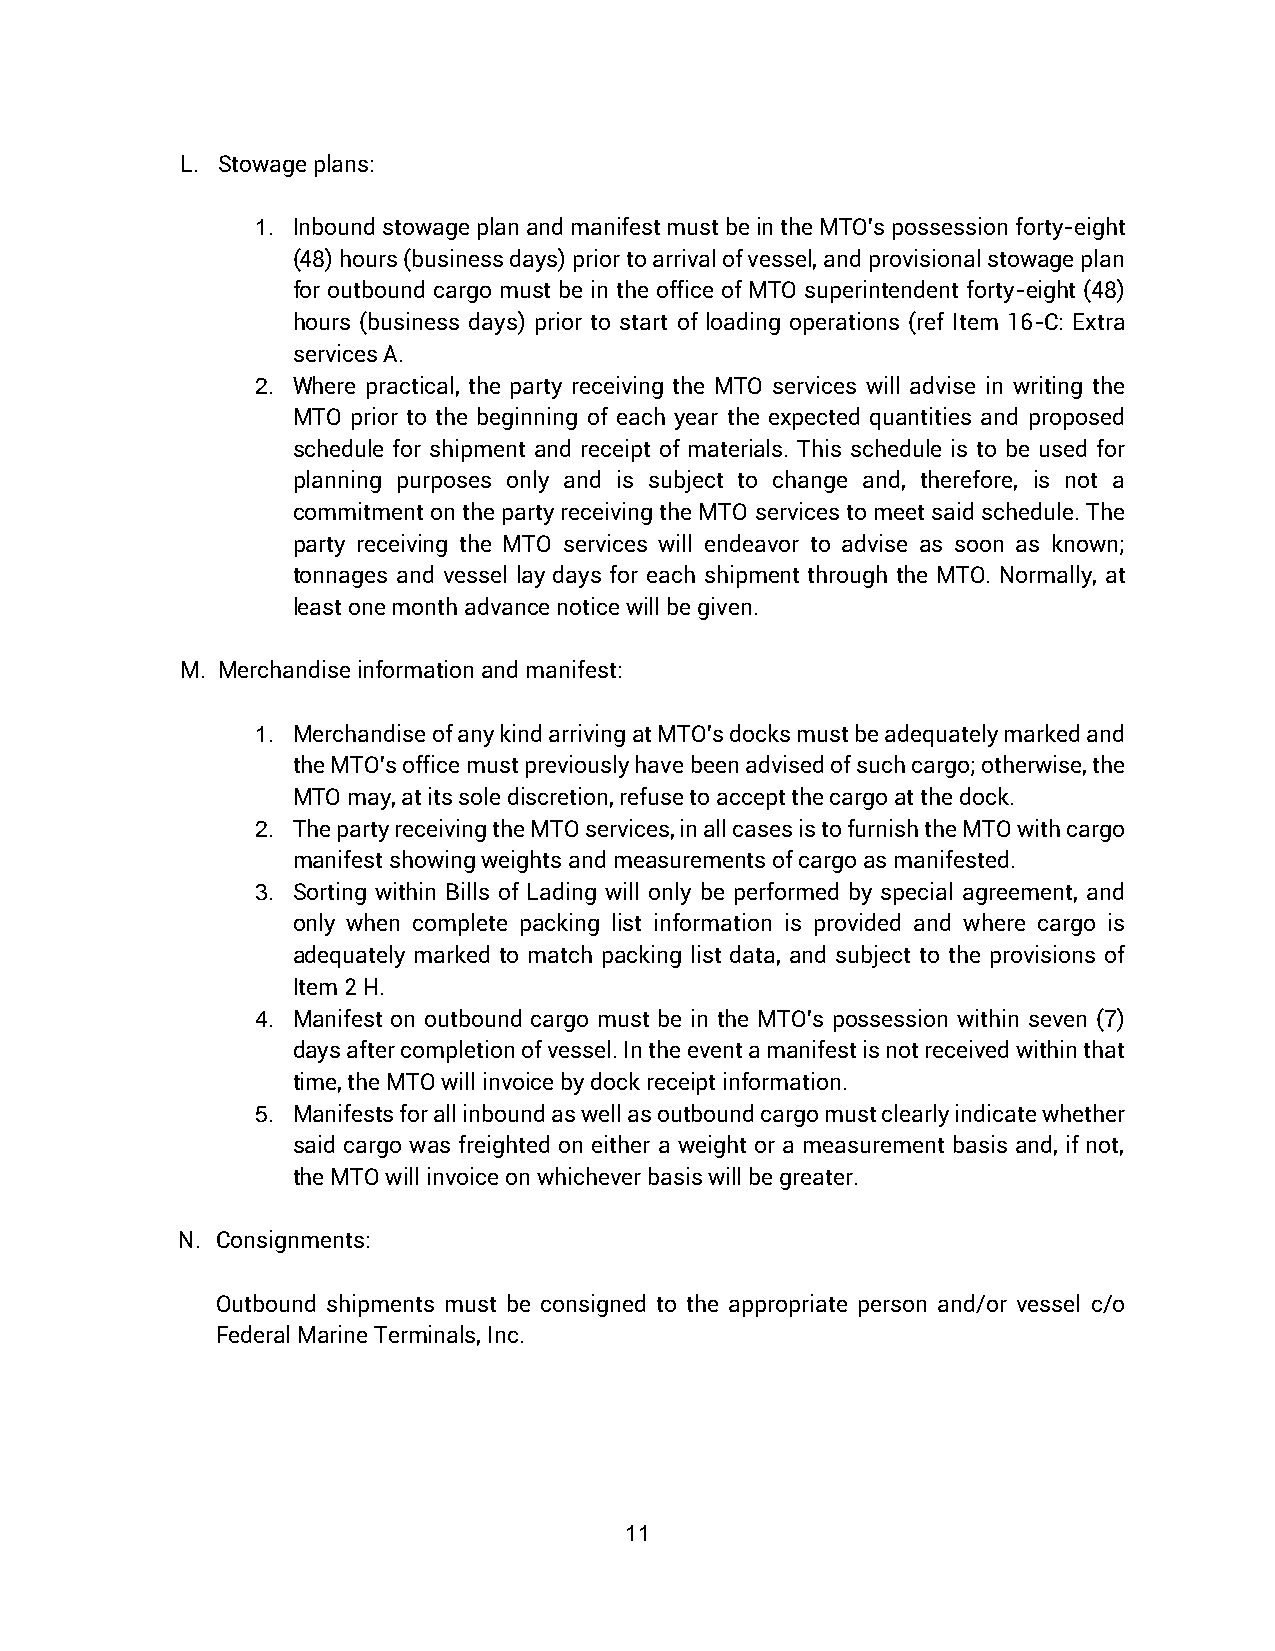
L. Stowage plans:
 1. Inbound stowage plan and manifest must be in the MTO's possession forty-eight
 (48) hours (business days) prior to arrival of vessel, and provisional stowage plan
 for outbound cargo must be in the office of MTO superintendent forty-eight (48)
 hours (business days) prior to start of loading operations (ref Item 16-C: Extra
 services A.
 2. Where practical, the party receiving the MTO services will advise in writing the
 MTO prior to the beginning of each year the expected quantities and proposed
 schedule for shipment and receipt of materials. This schedule is to be used for
 planning purposes only and is subject to change and, therefore, is not a
 commitment on the party receiving the MTO services to meet said schedule. The
 party receiving the MTO services will endeavor to advise as soon as known;
 tonnages and vessel lay days for each shipment through the MTO. Normally, at
 least one month advance notice will be given.
 M. Merchandise information and manifest:
 1. Merchandise of any kind arriving at MTO's docks must be adequately marked and
 the MTO's office must previously have been advised of such cargo; otherwise, the
 MTO may, at its sole discretion, refuse to accept the cargo at the dock.
 2. The party receiving the MTO services, in all cases is to furnish the MTO with cargo
 manifest showing weights and measurements of cargo as manifested.
 3. Sorting within Bills of Lading will only be performed by special agreement, and
 only when complete packing list information is provided and where cargo is
 adequately marked to match packing list data, and subject to the provisions of
 Item 2 H.
 4. Manifest on outbound cargo must be in the MTO's possession within seven (7)
 days after completion of vessel. In the event a manifest is not received within that
 time, the MTO will invoice by dock receipt information.
 5. Manifests for all inbound as well as outbound cargo must clearly indicate whether
 said cargo was freighted on either a weight or a measurement basis and, if not,
 the MTO will invoice on whichever basis will be greater.
 N. Consignments:
 Outbound shipments must be consigned to the appropriate person and/or vessel c/o
 Federal Marine Terminals, Inc.
 11